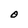
Character: O